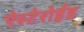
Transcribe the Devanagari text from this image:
ऐस्टेरोईड